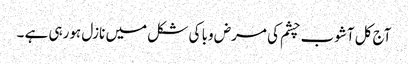
آج کل آشوب چشم کی مرض وبا کی شکل میں نازل ہورہی ہے ۔